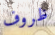
ظروف